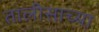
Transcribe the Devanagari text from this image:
तालीसाच्या